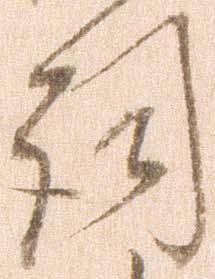
詞